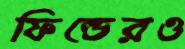
ফিল্ডেরও